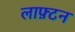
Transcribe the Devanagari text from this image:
लाफ़्टन